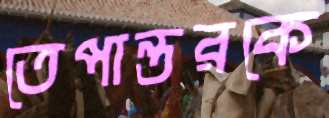
তেপান্তরকে